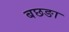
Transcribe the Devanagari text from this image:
बछङा